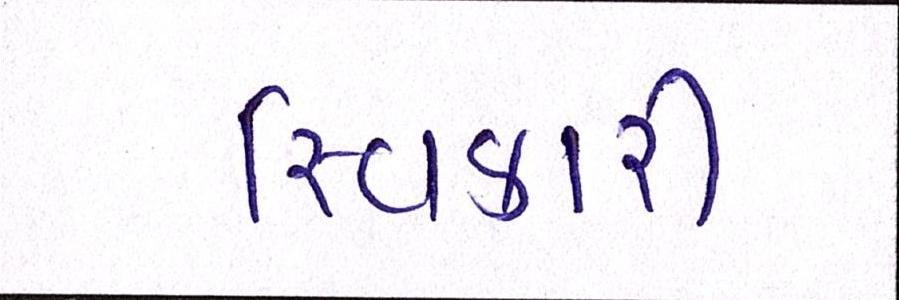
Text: સ્વિકારી